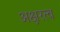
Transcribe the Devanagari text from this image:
अक्षरत्व